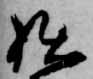
拙